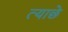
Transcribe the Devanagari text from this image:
त्याछे